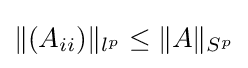
{\textstyle \|(A_{ii})\|_{l^{p}}\leq \|A\|_{S^{p}}}